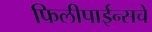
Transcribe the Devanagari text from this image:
फिलीपाईन्सचे